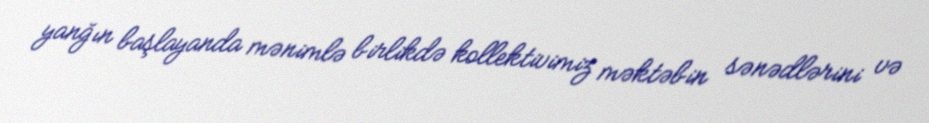
yanğın başlayanda mənimlə birlikdə kollektivimiz məktəbin sənədlərini və